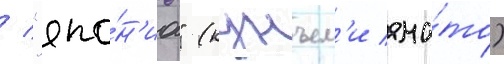
/ "япо́н'иа" (кунъем'и яма́то)